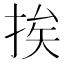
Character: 挨